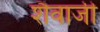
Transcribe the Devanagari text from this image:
शैवाजी